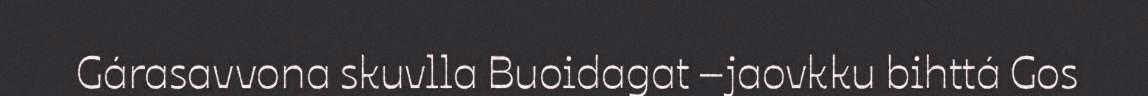
Gárasavvona skuvlla Buoidagat –jaovkku bihttá Gos